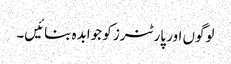
لوگوں اور پارٹنرز کو جوابدہ بنائیں۔